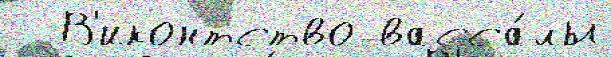
  В'иконтство васса́лы